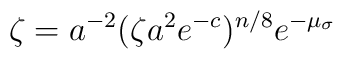
\zeta=a^{-2}(\zeta a^2e^{-c})^{n/8}e^{-\mu_\sigma}